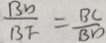
\frac { B D } { B F } = \frac { B C } { B D }